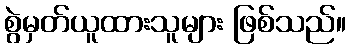
စွဲမှတ်ယူထားသူများ ဖြစ်သည်။